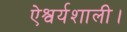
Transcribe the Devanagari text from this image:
ऐश्वर्यशाली।